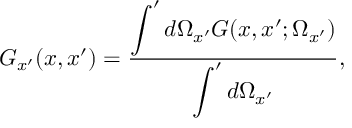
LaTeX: G _ { x ^ { \prime } } ( x , x ^ { \prime } ) = \frac { \displaystyle \int ^ { \prime } d \Omega _ { x ^ { \prime } } G ( x , x ^ { \prime } ; \Omega _ { x ^ { \prime } } ) } { \displaystyle \int ^ { \prime } d \Omega _ { x ^ { \prime } } } ,